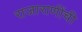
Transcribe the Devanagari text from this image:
राजाराणींची